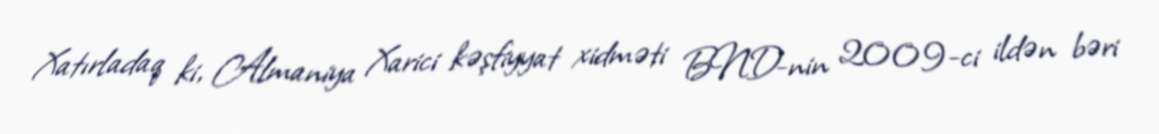
Xatırladaq ki, Almaniya Xarici kəşfiyyat xidməti BND-nin 2009-ci ildən bəri